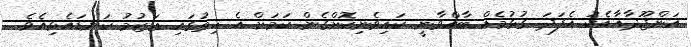
އަންޖޫދާއާއެކު އެފަދަ ގުޅުމެއް ބާއްވާނީ ކައިވެނިކޮށްގެން ކަމަށް އެ ހިތުގައި ޢަޒުމު ކަނޑައެޅިއެވެ.